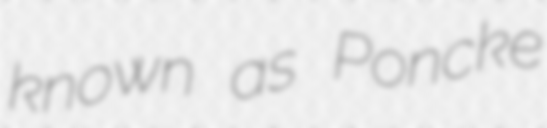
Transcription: known as Poncke